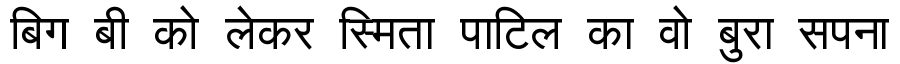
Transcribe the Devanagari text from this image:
बिग बी को लेकर स्मिता पाटिल का वो बुरा सपना